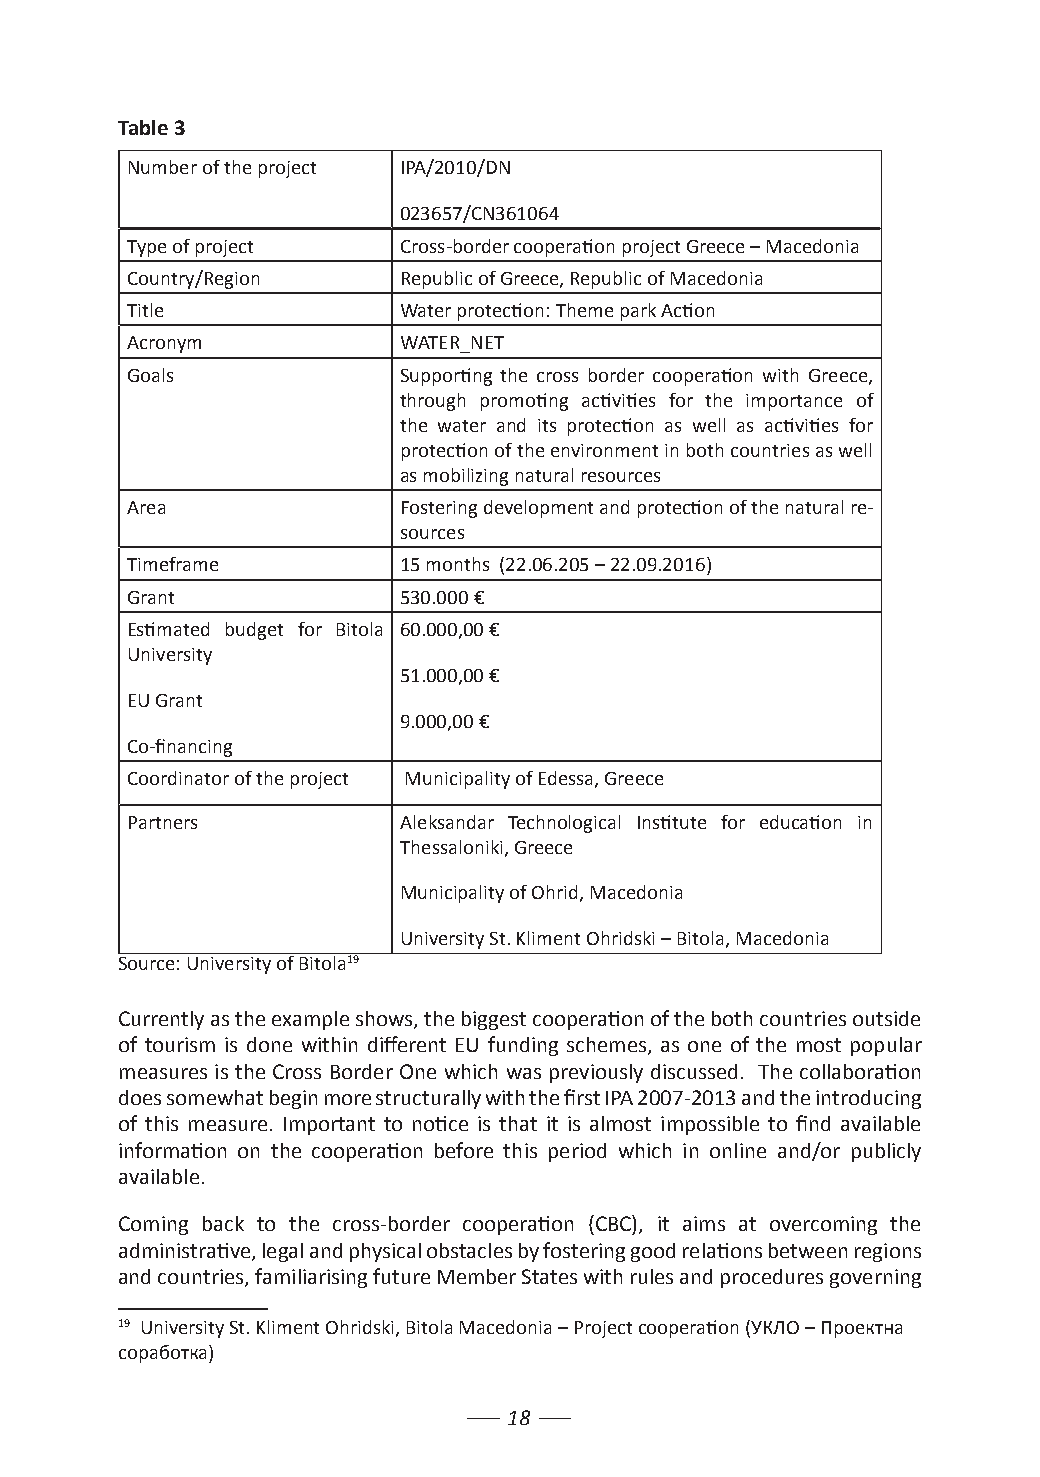
Table 3
 Number of the project IPA/2010/DN
 023657/CN361064
 Type of project   Cross-border cooperation project Greece – Macedonia
 Country/Region    Republic of Greece, Republic of Macedonia
 Title             Water protection: Theme park Action
 Acronym           WATER_NET
 Goals             Supporting the cross border cooperation with Greece,
 through promoting activities for the importance of
 the water and its protection as well as activities for
 protection of the environment in both countries as well
 as mobilizing natural resources
 Area              Fostering development and protection of the natural re-
 sources
 Timeframe         15 months (22.06.205 – 22.09.2016)
 Grant             530.000 €
 Estimated budget for Bitola 60.000,00 €
 University
 51.000,00 €
 EU Grant
 9.000,00 €
 Co-financing
 Coordinator of the project Municipality of Edessa, Greece
 Partners          Aleksandar Technological Institute for education in
 Thessaloniki, Greece
 Municipality of Ohrid, Macedonia
 University St. Kliment Ohridski – Bitola, Macedonia
 Source: University of Bitola19
 Currently as the example shows, the biggest cooperation of the both countries outside
 of tourism is done within different EU funding schemes, as one of the most popular
 measures is the Cross Border One which was previously discussed. The collaboration
 does somewhat begin more structurally with the first IPA 2007-2013 and the introducing
 of this measure. Important to notice is that it is almost impossible to find available
 information on the cooperation before this period which in online and/or publicly
 available.
 Coming back to the cross-border cooperation (CBC), it aims at overcoming the
 administrative, legal and physical obstacles by fostering good relations between regions
 and countries, familiarising future Member States with rules and procedures governing
 19 University St. Kliment Ohridski, Bitola Macedonia – Project cooperation (УКЛО – Проектна
 соработка)
 18